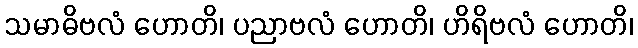
သမာဓိဗလံ ဟောတိ၊ ပညာဗလံ ဟောတိ၊ ဟိရိဗလံ ဟောတိ၊